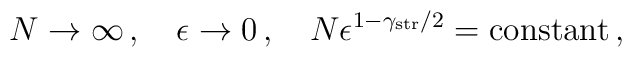
N\rightarrow\infty\, ,\quad \epsilon\rightarrow 0\, ,\quad N\epsilon^{1-\gamma_{\rm str}/2} = {\rm constant}\, ,